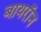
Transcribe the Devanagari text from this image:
बायराॅन